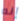
إنه